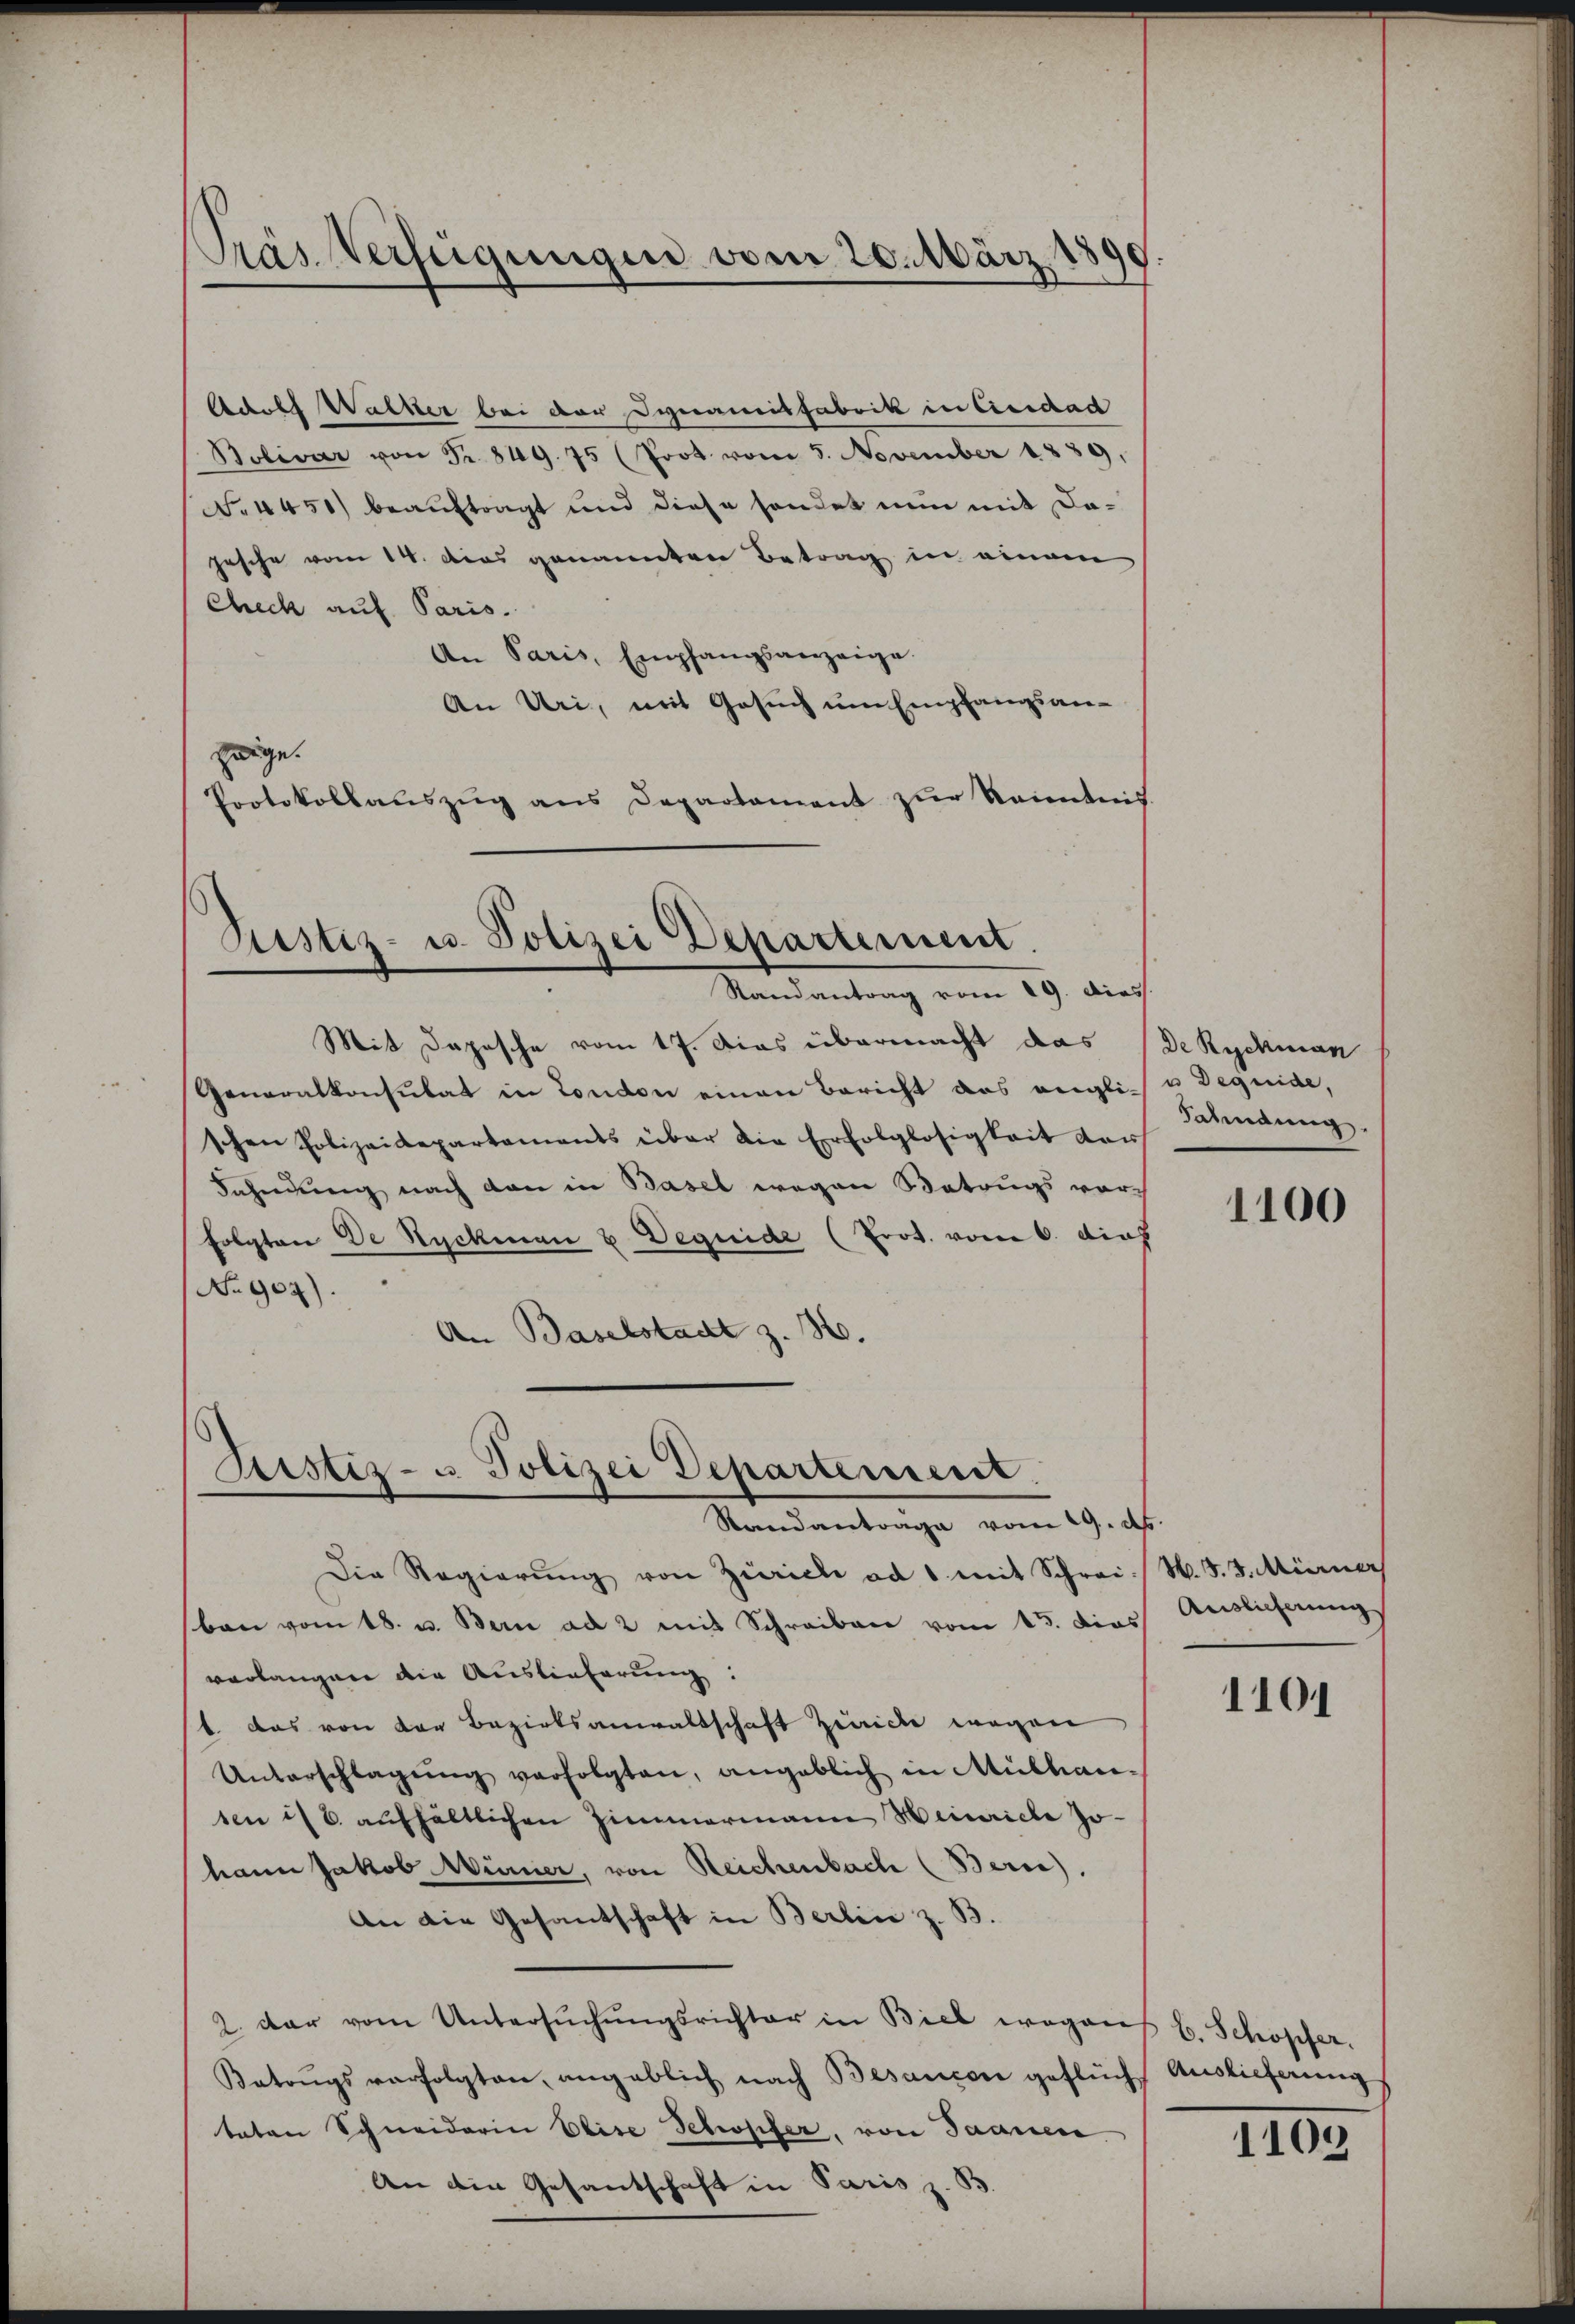
Präs. Verfügungen vom 20. März 18

Adolf Walker bei der Dynamisfabrik in Creidad
Bolivar von Fr. 849. 75 (Prot vom 5. November 1839,
No 4451) beauftragt und diese sonder nun mit Dajesche vom 14. Das genannten Betrag in einem
Check auf Paris.
An Paris, Empfangsanzeige.
An Uri, mit Gesuch um Empfangsanzeige.
Protokollaŭszŭg ans Departament zŭr Kenntnis.

Rustiz- u. Polizei Departement.
Randantrag vom 19. dies

Mit Daposche vom 17. Dies übermacht das (De Rychman
Generalkonsulat in London einen Bericht das verglich u Deguide,
schen Polizeidepartaments über die Erfolglosigkeit dar
Fahndŭng nach dan in Basel wegen Betrugs vor-
folgten De Ryckman u Dequide (Prot. vom 6. dies
No 909).
An Baselstadt z. 32.

Justiz- u. Polizei Departement.
Standantrage vom 19. ds.

Die Regierŭng von Zürich ad 1 mit Schrei. N. F. J. Mürner
ban vom 18. u. Bern ad 2 mit Schreiben vom 15. dies Auslicherung
verlangen die Auslieferung:
1 das von den Bezirksanwaltschaft Zürich wegen
Unterschlagŭng verfolgten, angeblich in Mülhau
sen is 6. aŭfhältlichen Zimmermann Heinriche Johann Jakob Mürner, von Reichenbach (Bern).
An die Gesantschaft in Berlin z. B.
2. dar vom Untersŭchŭngsrichter in Biel wegens b. Schöpfer.
Batoŭgs verfolgten, angeblich nach Besancen geflücht Auslieferung
taten Schneiderin Elise Schopfer, von Saanen
An die Gesandschaft in Paris z. B.

Fahndung.

1100

1104

1109